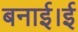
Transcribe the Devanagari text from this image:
बनाई।ई